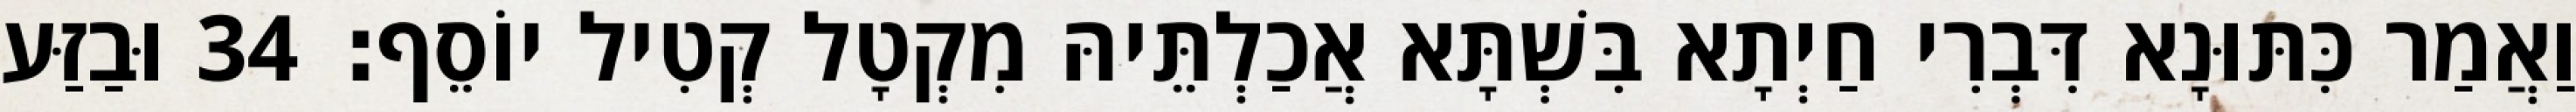
וַאֲמַר כִּתּוּנָא דִּבְרִי חַיְתָא בִּשְׁתָּא אֲכַלְתֵּיהּ מִקְטָל קְטִיל יוֹסֵף׃ 34 וּבַזַּע